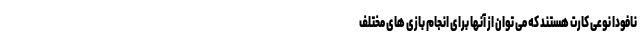
نافودا نوعی کارت هستند که می توان از آنها برای انجام بازی های مختلف